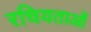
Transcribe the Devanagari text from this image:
रचियताओं